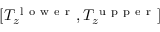
[ T _ { z } ^ { \mathrm { ~ l ~ o ~ w ~ e ~ r ~ } } , T _ { z } ^ { \mathrm { ~ u ~ p ~ p ~ e ~ r ~ } } ]